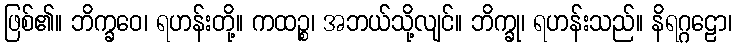
ဖြစ်၏။ ဘိက္ခဝေ၊ ရဟန်းတို့။ ကထဉ္စ၊ အဘယ်သို့လျင်။ ဘိက္ခု၊ ရဟန်းသည်။ နိရဂ္ဂဠော၊